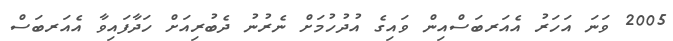
2005 ވަނަ އަހަރު އެއަރބަސްއިން ވައިގެ އުދުހުމަށް ނެރުނު ދެބުރިއަށް ހަދާފައިވާ އެއަރބަސް